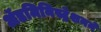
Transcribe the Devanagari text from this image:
ॲडमिनिस्ट्रेशनने